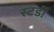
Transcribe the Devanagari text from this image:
स्टर्डी